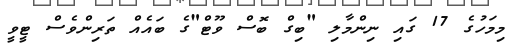
މިމަހުގެ 17 ގައި ނިންމާލި "ބިގް ބޮސް ވޫޓް"ގެ ބައެއް ތަރިންވެސް ޓީވީ